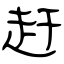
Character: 赶